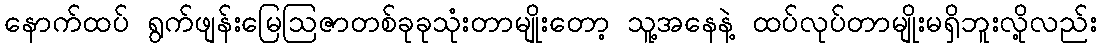
နောက်ထပ် ရွက်ဖျန်းမြေဩဇာတစ်ခုခုသုံးတာမျိုးတော့ သူ့အနေနဲ့ ထပ်လုပ်တာမျိုးမရှိဘူးလို့လည်း